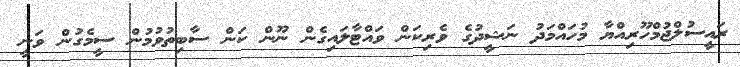
ރައީސުލްޖުމްހޫރިއްޔާ މުހައްމަދު ނަޝީދުގެ ވެރިކަން ވައްޓާލައިގެން ނޫން ކަން ސާބިތުވުމުން ސީމެގުން ވަނީ